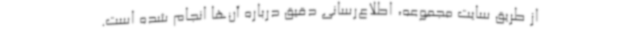
از طریق سایت مجموعه، اطلاع‌رسانی دقیق درباره آن‌ها انجام شده است.